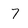
Character: 7